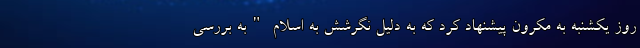
روز یکشنبه به مکرون پیشنهاد کرد که به دلیل نگرشش به اسلام "به بررسی